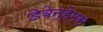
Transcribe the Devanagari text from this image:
डेबेन्हेम्स